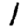
Digit: 1